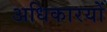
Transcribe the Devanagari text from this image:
अधिकारयों